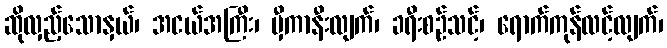
ဆိုလှည့်သောနှယ်၊ အငယ်အကြီး၊ မှီကာနီးလျက်၊ ခရီးစဉ်သင့်၊ ရောက်ကုန်လင့်လျက်၊